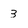
Character: 3